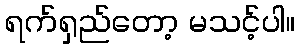
ရက်ရှည်တော့ မသင့်ပါ။